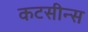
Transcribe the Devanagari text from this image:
कटसीन्स